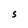
Character: S